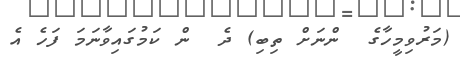
(މަރުވިމީހާގެ  ންނަށް ތިބި) ދެ  ން ކަމުގައިވާނަމަ ފަހެ އެ